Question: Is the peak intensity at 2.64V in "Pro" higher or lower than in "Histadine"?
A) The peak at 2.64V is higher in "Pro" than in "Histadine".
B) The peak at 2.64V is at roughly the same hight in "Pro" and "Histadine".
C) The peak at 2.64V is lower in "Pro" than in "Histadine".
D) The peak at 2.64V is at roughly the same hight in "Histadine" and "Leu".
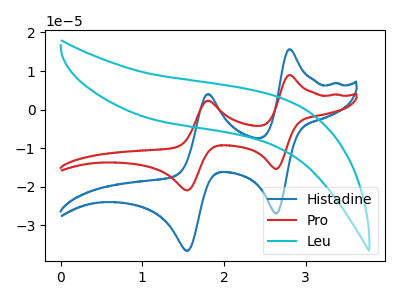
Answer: <think>The blue curve "Histadine" has anodic peaks at (2.80V, 15.65uA) (1.80V, 4.05uA) and cathodic peaks at (2.65V, -26.95uA) (1.55V, -36.60uA). The red curve "Pro" has anodic peaks at (2.80V, 8.95uA) (1.80V, 2.30uA) and cathodic peaks at (2.65V, -15.40uA) (1.55V, -20.95uA). The cyan curve "Leu" has no peaks.</think>
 <answer>C) The peak at 2.64V is lower in "Pro" than in "Histadine".</answer>
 <eval>C</eval>